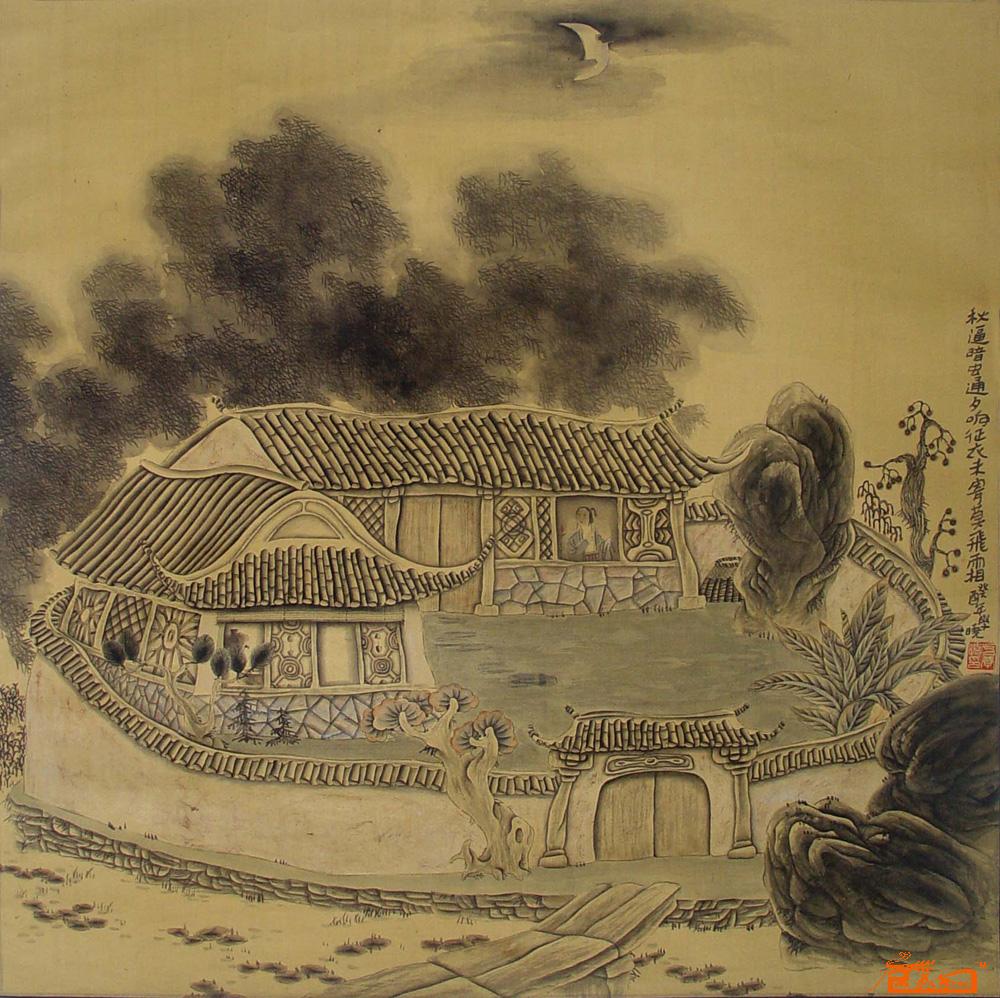
秋逼暗虫通夕响，征衣未寄莫飞霜。